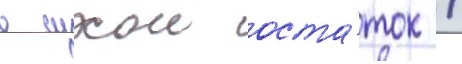
в сухои оста́ток /